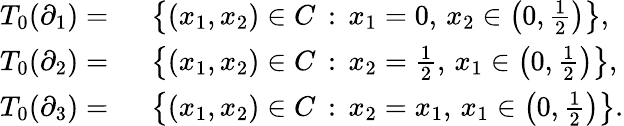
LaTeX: \begin{array}{rl}{T_{0}(\partial_{1})=\ }&{\left\{ (x_{1},x_{2})\in C\, :\, x_{1}=0,\, x_{2}\in\left(0,\frac 12\right)\right\} ,}\\ {T_{0}(\partial_{2})=\ }&{\left\{ (x_{1},x_{2})\in C\, :\, x_{2}=\frac 12,\, x_{1}\in\left(0,\frac 12\right)\right\} ,}\\ {T_{0}(\partial_{3})=\ }&{\left\{ (x_{1},x_{2})\in C\, :\, x_{2}=x_{1},\, x_{1}\in\left(0,\frac 12\right)\right\} .}\end{array}